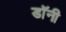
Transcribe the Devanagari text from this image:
डाॅनी